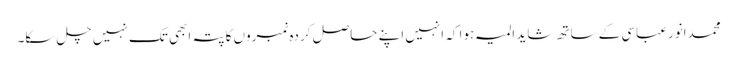
محمدانورعباسی کے ساتھ شاید المیہ ہوا کہ انہیں اپنے حاصل کردہ نمبروں کا پتہ ابھی تک نہیں چل سکا۔